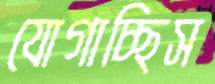
যোগাচ্ছিস